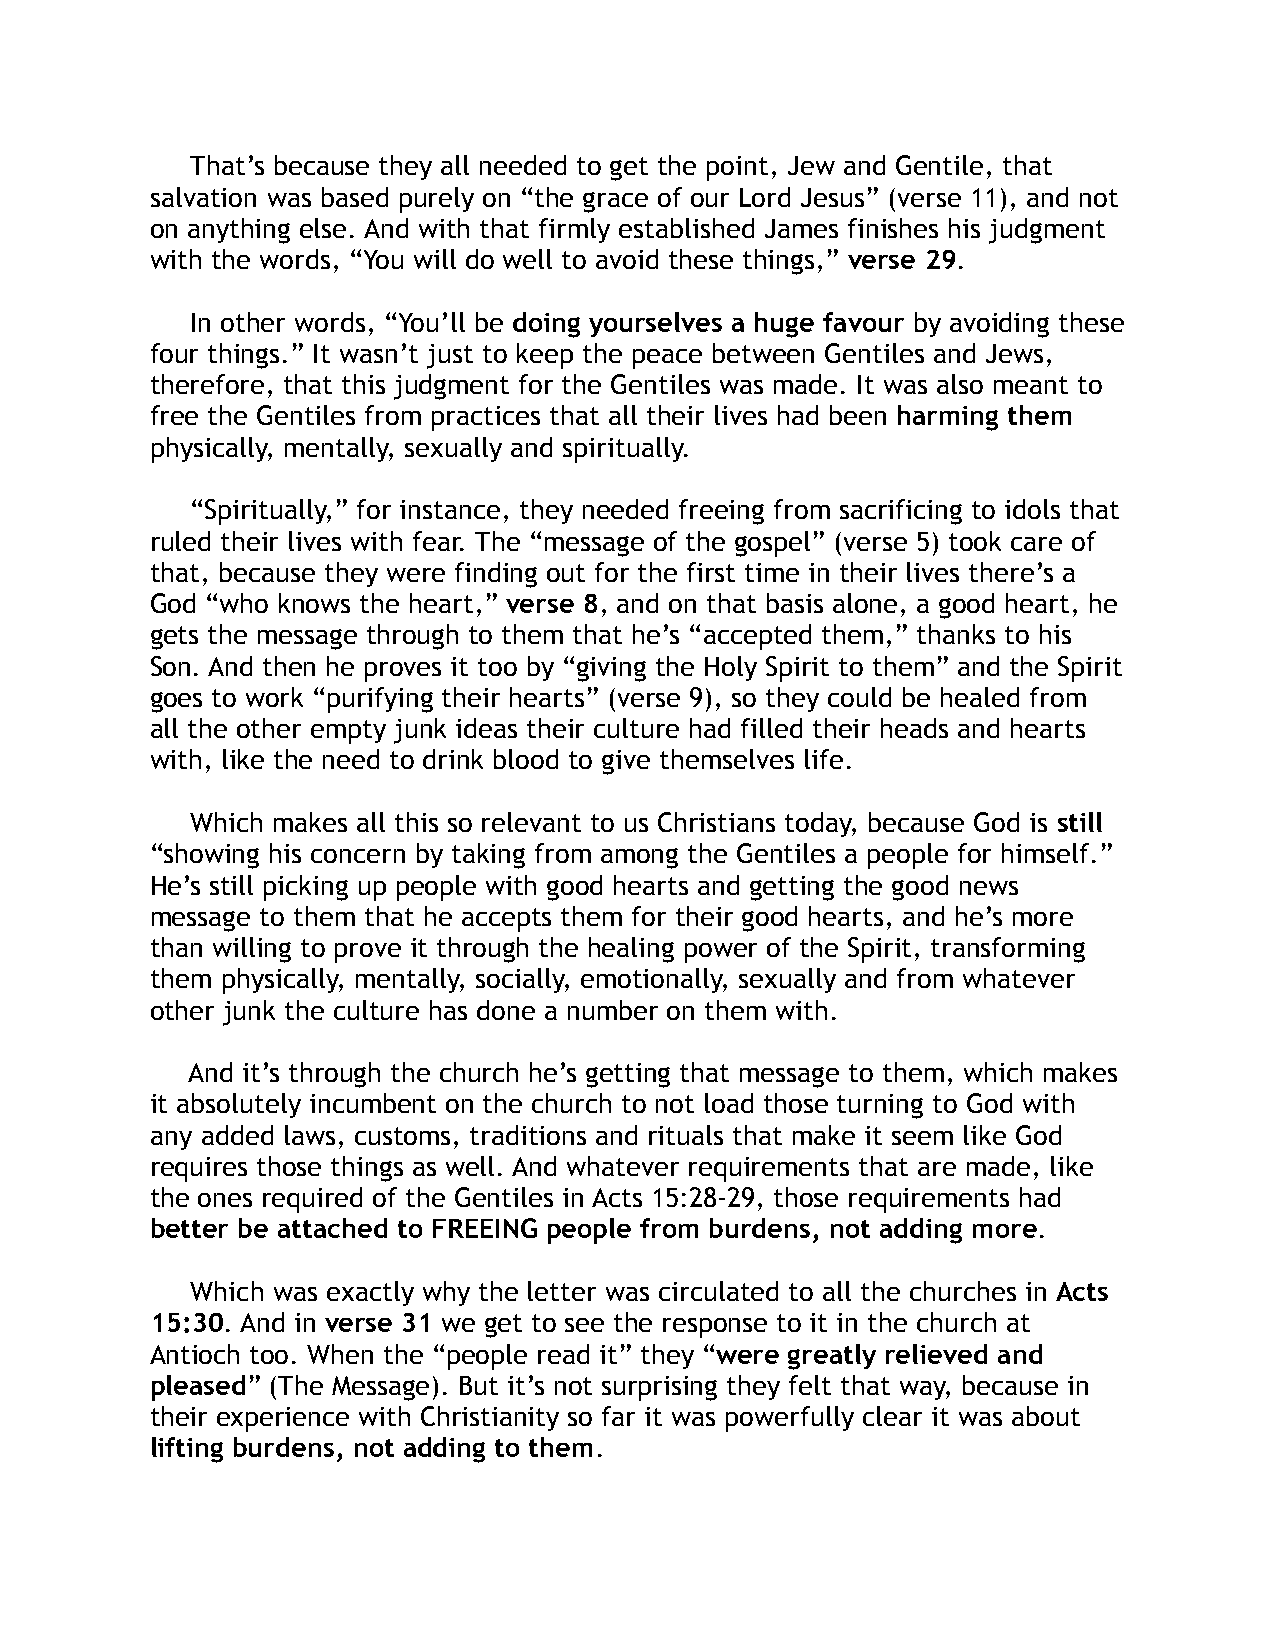
That’s because they all needed to get the point, Jew and Gentile, that
 salvation was based purely on “the grace of our Lord Jesus” (verse 11), and not
 on anything else. And with that firmly established James finishes his judgment
 with the words, “You will do well to avoid these things,” verse 29.
 In other words, “You’ll be doing yourselves a huge favour by avoiding these
 four things.” It wasn’t just to keep the peace between Gentiles and Jews,
 therefore, that this judgment for the Gentiles was made. It was also meant to
 free the Gentiles from practices that all their lives had been harming them
 physically, mentally, sexually and spiritually.
 “Spiritually,” for instance, they needed freeing from sacrificing to idols that
 ruled their lives with fear. The “message of the gospel” (verse 5) took care of
 that, because they were finding out for the first time in their lives there’s a
 God “who knows the heart,” verse 8, and on that basis alone, a good heart, he
 gets the message through to them that he’s “accepted them,” thanks to his
 Son. And then he proves it too by “giving the Holy Spirit to them” and the Spirit
 goes to work “purifying their hearts” (verse 9), so they could be healed from
 all the other empty junk ideas their culture had filled their heads and hearts
 with, like the need to drink blood to give themselves life.
 Which makes all this so relevant to us Christians today, because God is still
 “showing his concern by taking from among the Gentiles a people for himself.”
 He’s still picking up people with good hearts and getting the good news
 message to them that he accepts them for their good hearts, and he’s more
 than willing to prove it through the healing power of the Spirit, transforming
 them physically, mentally, socially, emotionally, sexually and from whatever
 other junk the culture has done a number on them with.
 And it’s through the church he’s getting that message to them, which makes
 it absolutely incumbent on the church to not load those turning to God with
 any added laws, customs, traditions and rituals that make it seem like God
 requires those things as well. And whatever requirements that are made, like
 the ones required of the Gentiles in Acts 15:28-29, those requirements had
 better be attached to FREEING people from burdens, not adding more.
 Which was exactly why the letter was circulated to all the churches in Acts
 15:30. And in verse 31 we get to see the response to it in the church at
 Antioch too. When the “people read it” they “were greatly relieved and
 pleased” (The Message). But it’s not surprising they felt that way, because in
 their experience with Christianity so far it was powerfully clear it was about
 lifting burdens, not adding to them.